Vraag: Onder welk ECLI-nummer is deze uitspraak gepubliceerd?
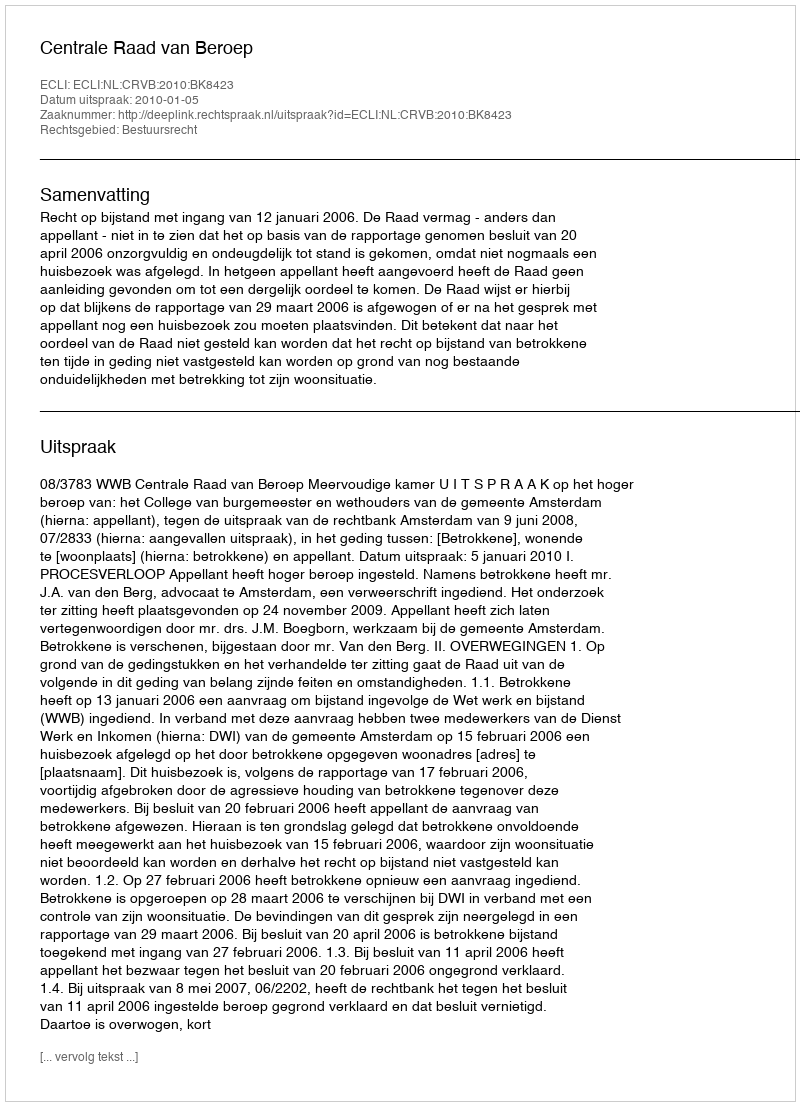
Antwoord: ECLI:NL:CRVB:2010:BK8423